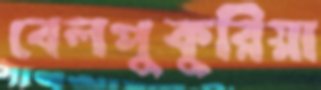
বেলপুকুরিয়া